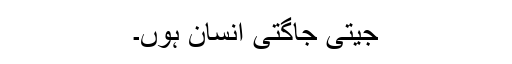
جیتی جاگتی انسان ہوں۔